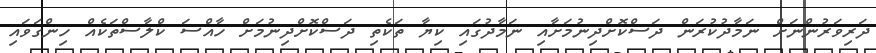
ދަރިވަރުންނަށް ނަމާދުކުރަން ދަސްކޮށްދިނުމަށާއި ނަމާދުގައި ކިޔާ ތަކެތި ދަސްކޮށްދިނުމަށް ހާއްސަ ކްލާސްތަކެއް ހިންގަވައި